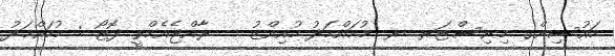
ހައުސިންގ މިނިސްޓަރ ޑރ. މުހައްމަދު މުއިއްޒު -- ރާއްޖެއެމްވީ ފޮޓޯ : މުހައްމަދު